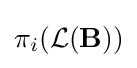
\pi _{i}({\mathcal {L}}(\mathbf {B} ))